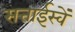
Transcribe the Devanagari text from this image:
सत्ताईस्वें